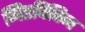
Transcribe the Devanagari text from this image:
मिडविविन